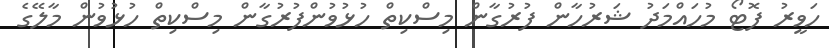
ހަވީރު ފޮޓޯ މުހައްމަދު ޝަރުހާން ފުރުގާން މިސްކިތް ހުޅުވުންފުރުގާން މިސްކިތް ހުޅުވުން މާލޭގެ